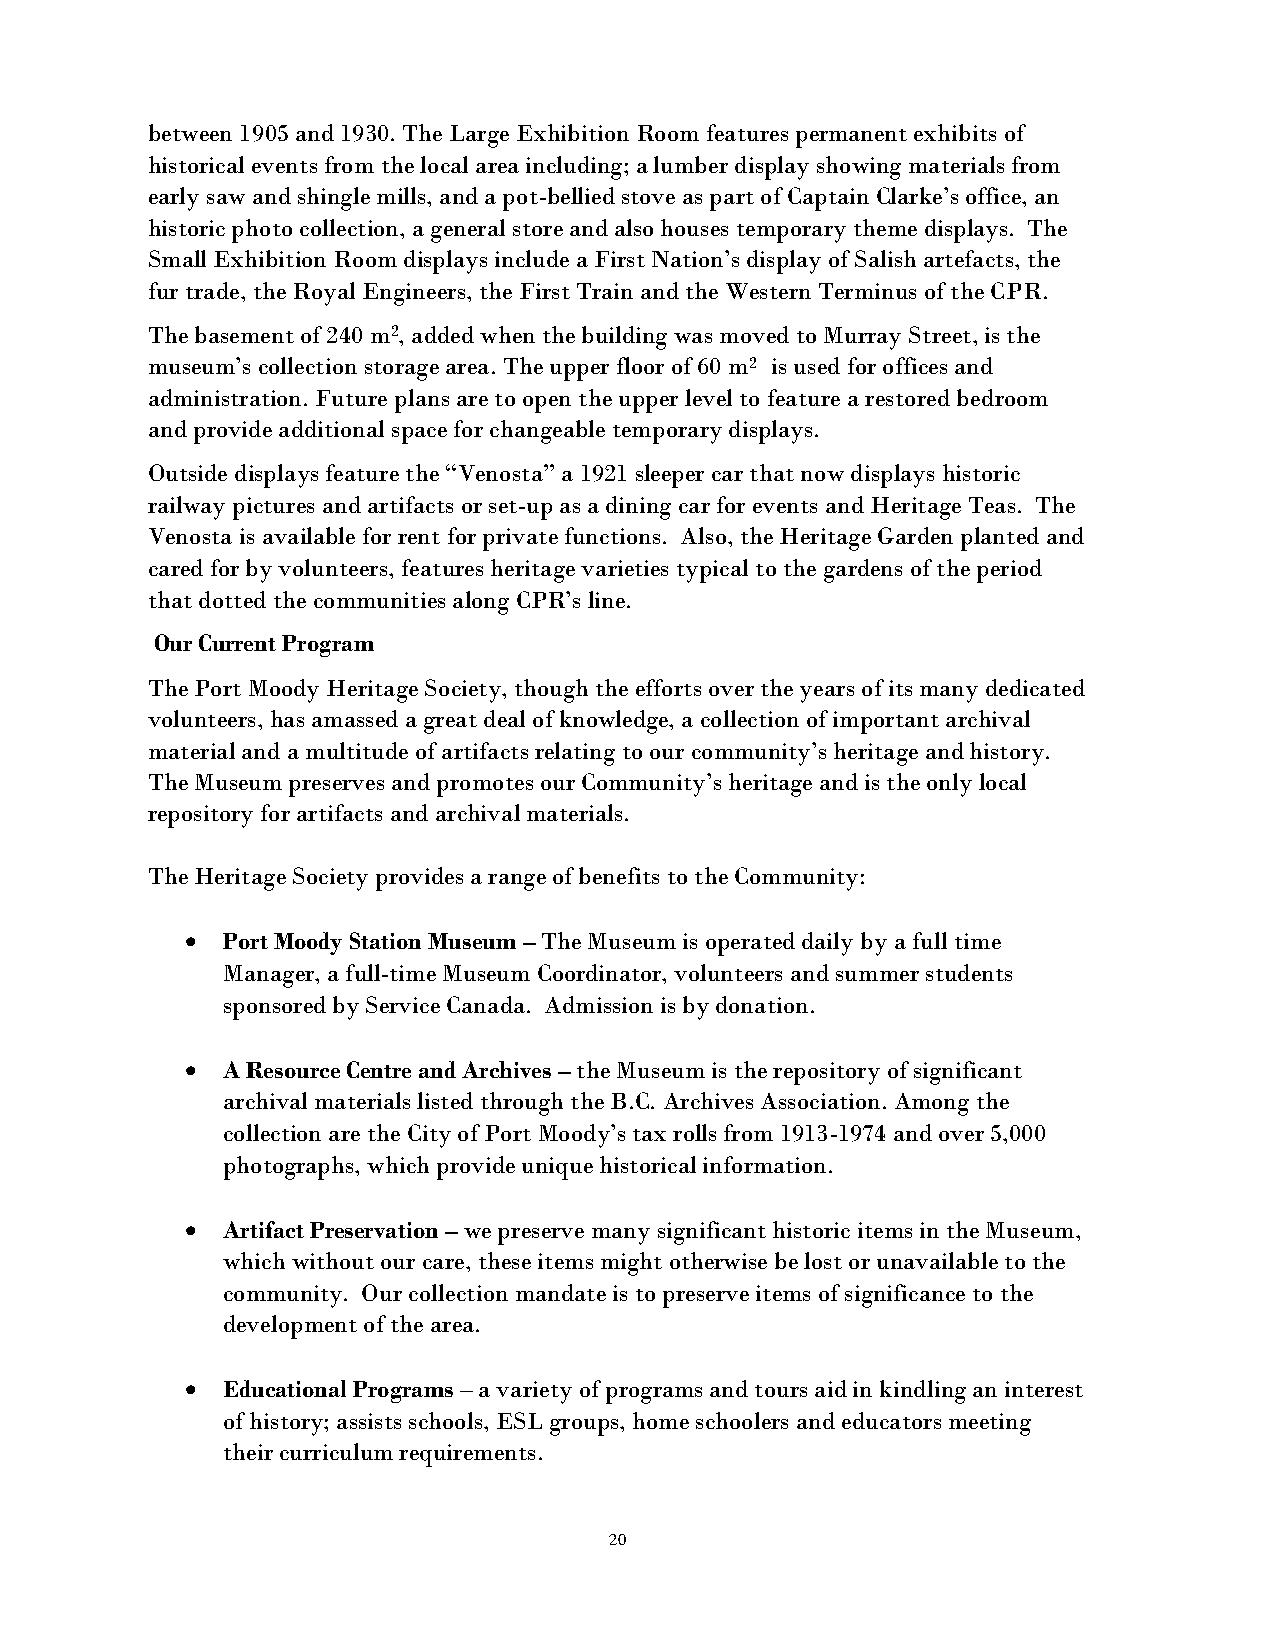
between 1905 and 1930. The Large Exhibition Room features permanent exhibits of
 historical events from the local area including; a lumber display showing materials from
 early saw and shingle mills, and a pot-bellied stove as part of Captain Clarke’s office, an
 historic photo collection, a general store and also houses temporary theme displays. The
 Small Exhibition Room displays include a First Nation’s display of Salish artefacts, the
 fur trade, the Royal Engineers, the First Train and the Western Terminus of the CPR.
 The basement of 240 m2, added when the building was moved to Murray Street, is the
 museum’s collection storage area. The upper floor of 60 m2 is used for offices and
 administration. Future plans are to open the upper level to feature a restored bedroom
 and provide additional space for changeable temporary displays.
 Outside displays feature the “Venosta” a 1921 sleeper car that now displays historic
 railway pictures and artifacts or set-up as a dining car for events and Heritage Teas. The
 Venosta is available for rent for private functions. Also, the Heritage Garden planted and
 cared for by volunteers, features heritage varieties typical to the gardens of the period
 that dotted the communities along CPR’s line.
 Our Current Program
 The Port Moody Heritage Society, though the efforts over the years of its many dedicated
 volunteers, has amassed a great deal of knowledge, a collection of important archival
 material and a multitude of artifacts relating to our community’s heritage and history.
 The Museum preserves and promotes our Community’s heritage and is the only local
 repository for artifacts and archival materials.
 The Heritage Society provides a range of benefits to the Community:
   Port Moody Station Museum – The Museum is operated daily by a full time
 Manager, a full-time Museum Coordinator, volunteers and summer students
 sponsored by Service Canada. Admission is by donation.
   A Resource Centre and Archives – the Museum is the repository of significant
 archival materials listed through the B.C. Archives Association. Among the
 collection are the City of Port Moody’s tax rolls from 1913-1974 and over 5,000
 photographs, which provide unique historical information.
   Artifact Preservation – we preserve many significant historic items in the Museum,
 which without our care, these items might otherwise be lost or unavailable to the
 community. Our collection mandate is to preserve items of significance to the
 development of the area.
   Educational Programs – a variety of programs and tours aid in kindling an interest
 of history; assists schools, ESL groups, home schoolers and educators meeting
 their curriculum requirements.
 20